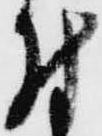
付